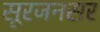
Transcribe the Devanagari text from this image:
सूरजनसर